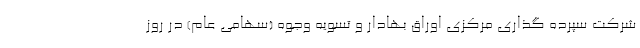
شرکت سپرده گذاری مرکزی اوراق بهادار و تسویه وجوه (سهامی عام) در روز